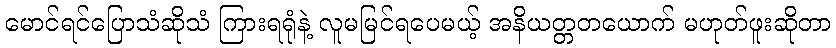
မောင်ရင်ပြောသံဆိုသံ ကြားရရုံနဲ့ လူမမြင်ရပေမယ့် အနိယတ္တတယောက် မဟုတ်ဖူးဆိုတာ